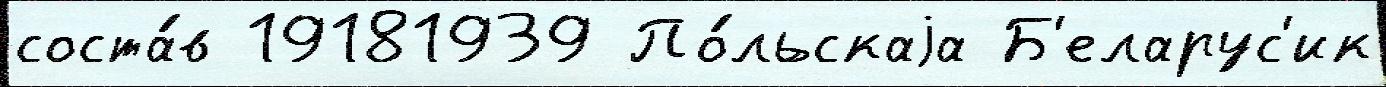
соста́в 19181939 По́льскаjа Б'еларус'ик